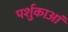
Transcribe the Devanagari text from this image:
पर्शुकाआं